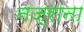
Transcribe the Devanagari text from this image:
नज़्राना